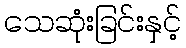
သေဆုံးခြင်းနှင့်